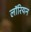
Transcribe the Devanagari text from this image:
लॉरियन